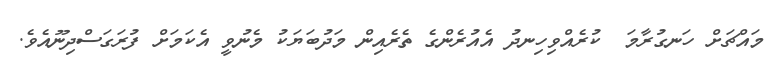
މައްޗަށް ހަނގުރާމަ  ކުރެއްވިހިނދު އެއުރެންގެ ތެރެއިން މަދުބަޔަކު މެނުވީ އެކަމަށް ފުރަގަސްދިނޫއެވެ.